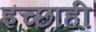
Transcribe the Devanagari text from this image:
इच्छाही